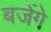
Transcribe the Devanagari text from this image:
बजेंगे